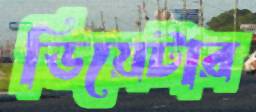
ডিয়েটার